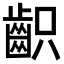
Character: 齞